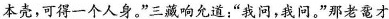
本壳，可得一个人身。”三藏响允道”我问，我问。”那老鼋才